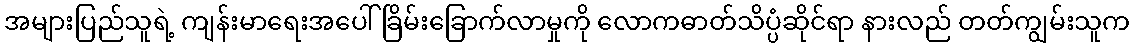
အများပြည်သူရဲ့ ကျန်းမာရေးအပေါ် ခြိမ်းခြောက်လာမှုကို လောကဓာတ်သိပ္ပံဆိုင်ရာ နားလည် တတ်ကျွမ်းသူက